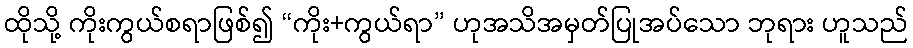
ထိုသို့ ကိုးကွယ်စရာဖြစ်၍ “ကိုး+ကွယ်ရာ” ဟုအသိအမှတ်ပြုအပ်သော ဘုရား ဟူသည်